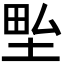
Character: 𭎢